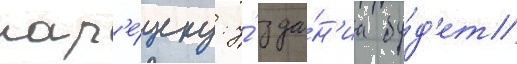
нар'е́зку: у́ зда́н'иа бу́д'ет